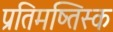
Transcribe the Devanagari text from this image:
प्रतिमष्तिस्क